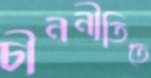
চীননীতিতে